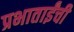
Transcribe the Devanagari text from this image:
प्रभाताईंची